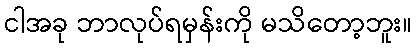
ငါအခု ဘာလုပ်ရမှန်းကို မသိတော့ဘူး။